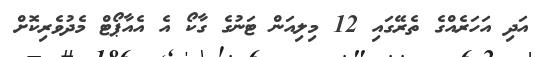
އަދި އަހަރެއްގެ ތެރޭގައި 12 މިލިއަން ޓަނުގެ ގާކޯ އެ އެއާޕޯޓް މެދުވެރިކޮށް